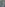
/